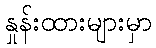
နှုန်းထားများမှာ